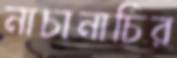
নাচানাচির